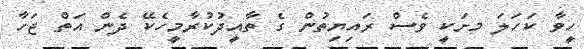
ހީވާ ކަހަލަ މށަކީ ވެސް ރައިޔިތުން ގެ ތާއީދުކުރާމީހެކޭ ދެން އަތް ޖަހާ